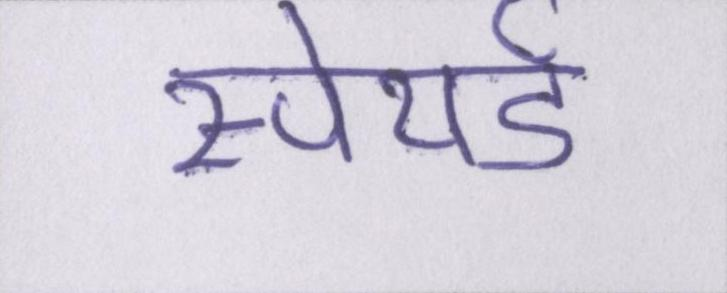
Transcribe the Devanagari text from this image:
स्पेयर्ड